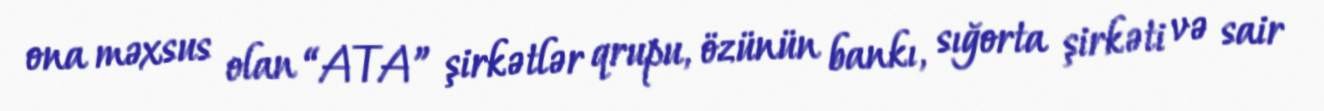
ona məxsus olan “ATA” şirkətlər qrupu, özünün bankı, sığorta şirkəti və sair